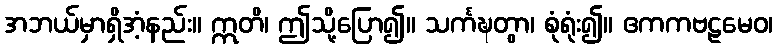
အဘယ်မှာရှိအံ့နည်း။ ဣတိ၊ ဤသို့ပြော၍။ သင်္ကဍ္ဎတွာ၊ စုံရုံး၍။ ဧကကဗဠမေဝ၊